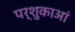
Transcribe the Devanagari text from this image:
पर्शुकाआं